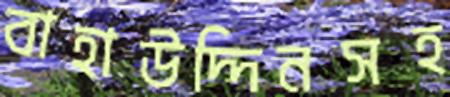
বাহাউদ্দিনসহ